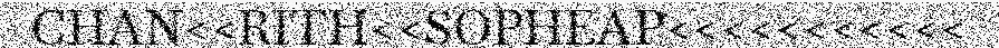
CHAN<<RITH<<SOPHEAP<<<<<<<<<<<